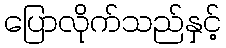
ပြောလိုက်သည်နှင့်